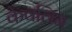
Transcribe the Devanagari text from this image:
केवलिन